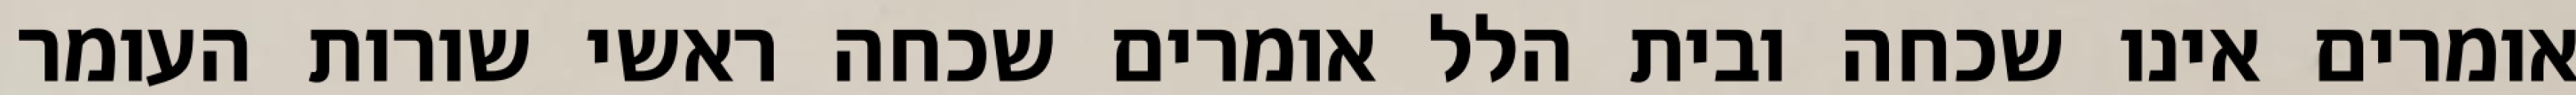
אומרים אינו שכחה ובית הלל אומרים שכחה ראשי שורות העומר